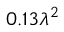
0 . 1 3 \lambda ^ { 2 }